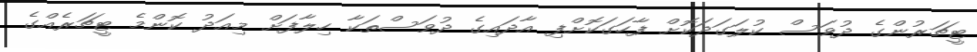
ޓީޗަރުންގެ ދުވަސް ކުލަގަދަކޮށް ފާހަގަކޮށްފި އާދައިގެ ދުވަސްތަކާ ހިލާފަށް މިއަދު ކޮންމެ ޓީޗަރެއްގެ